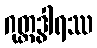
ဂုတ္တဒွါရဿ